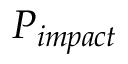
P _ { i m p a c t }